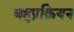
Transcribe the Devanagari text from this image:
बहुप्रक्रियन